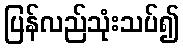
ပြန်လည်သုံးသပ်၍